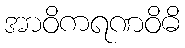
အာဝိကရဏဝိဓိ